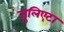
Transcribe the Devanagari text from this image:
जुलिएटा